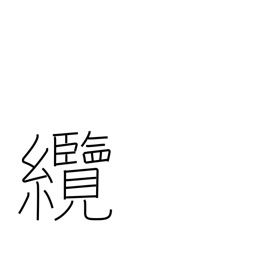
Meaning: hawser